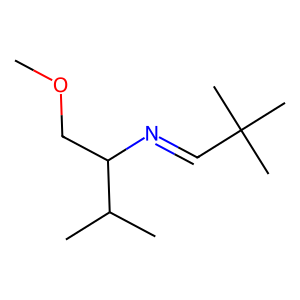
SMILES: COCC(N=CC(C)(C)C)C(C)C
Inhibits HIV replication: No